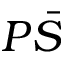
P \bar { S }